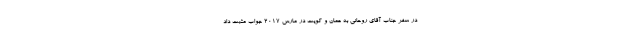
در سفر جناب آقای روحانی به عمان و کویت در مارس ۲۰۱۷ جواب مثبت داد